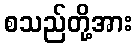
စသည်တို့အား